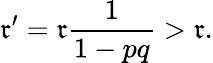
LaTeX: \mathfrak{r}^{\prime}=\mathfrak{r}{\frac{{1}}{{1-pq}}}>\mathfrak{r}.